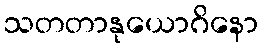
သတတာနုယောဂိနော